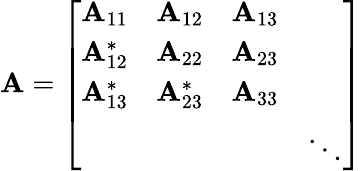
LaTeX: \mathbf{A}={\left[\begin{array}{llll}{\mathbf{A}_{11}}&{\mathbf{A}_{12}}&{\mathbf{A}_{13}}&{\; }\\ {\mathbf{A}_{12}^{*}}&{\mathbf{A}_{22}}&{\mathbf{A}_{23}}&{\; }\\ {\mathbf{A}_{13}^{*}}&{\mathbf{A}_{23}^{*}}&{\mathbf{A}_{33}}&{\; }\\ {\; }&{\; }&{\; }&{\ddots}\end{array}\right]}